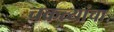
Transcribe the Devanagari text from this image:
चकत्यांचा